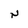
Character: N